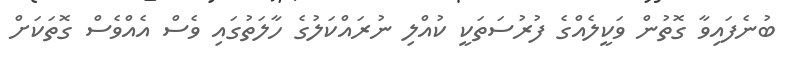
ބުނެފައިވާ ގޮތުން ވަކީލެއްގެ ފުރުސަތަކީ ކުއްލި ނުރައްކަލުގެ ހާލަތުގައި ވެސް އެއްވެސް ގޮތަކަށް